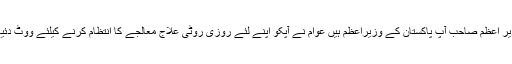
وزیرِ اعظم صاحب آپ پاکستان کے وزیرِاعظم ہیں عوام نے آپکو اپنے لئے روزی روٹی علاج معالجے کا انتظام کرنے کیلئے ووٹ دئیے۔